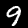
Digit: 9